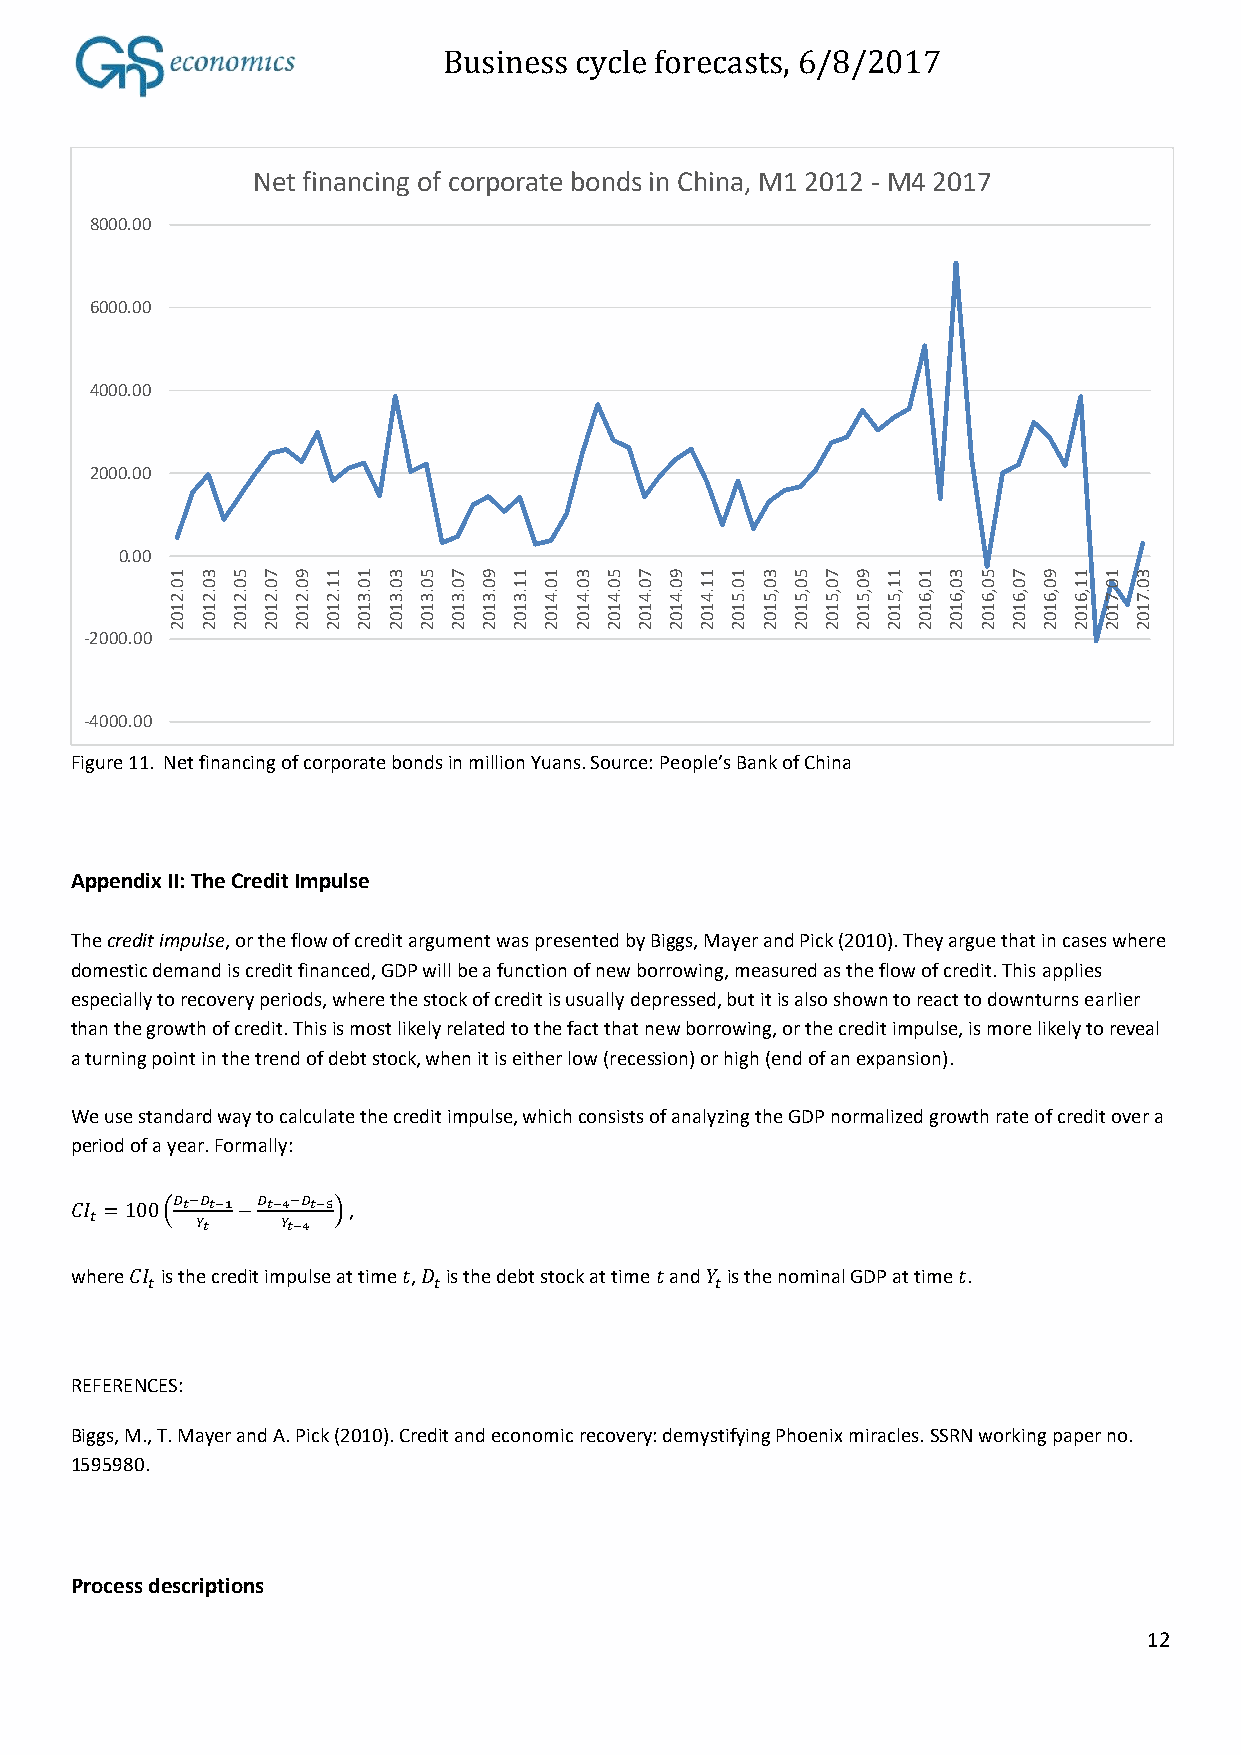
Business cycle forecasts, 6/8/2017
 Net financing of corporate bonds in China, M1 2012 - M4 2017
 8000.00
 6000.00
 4000.00
 2000.00
 0.00
 1 3 5 7 9  1 1 3 5 7 9 1 1 3 5 7 9 1 1 3 5  7 9 1 1 3 5 7 9 1 1 3
 0 0 0 0 0  1 0 0 0 0 0 1 0 0 0 0 0 1 0 0 0  0 0 1 0 0 0 0 0 1 0 0
 .2 .2 .2 .2 .2 .2 .3 .3 .3 .3 .3 .3 .4 .4 .4 .4 .4 .4 .5 ,5 ,5 ,5 ,5 ,5 ,6 ,6 ,6 ,6 ,6 ,6 .7 .7
 1 1 1 1 1  1 1 1 1 1 1 1 1 1 1 1 1 1 1 1 1  1 1 1 1 1 1 1 1 1 1 1
 0 0 0 0 0  0 0 0 0 0 0 0 0 0 0 0 0 0 0 0 0  0 0 0 0 0 0 0 0 0 0 0
 2 2 2 2 2  2 2 2 2 2 2 2 2 2 2 2 2 2 2 2 2  2 2 2 2 2 2 2 2 2 2 2
 -2000.00
 -4000.00
 Figure 11. Net financing of corporate bonds in million Yuans. Source: People’s Bank of China
 Appendix II: The Credit Impulse
 The credit impulse, or the flow of credit argument was presented by Biggs, Mayer and Pick (2010). They argue that in cases where
 domestic demand is credit financed, GDP will be a function of new borrowing, measured as the flow of credit. This applies
 especially to recovery periods, where the stock of credit is usually depressed, but it is also shown to react to downturns earlier
 than the growth of credit. This is most likely related to the fact that new borrowing, or the credit impulse, is more likely to reveal
 a turning point in the trend of debt stock, when it is either low (recession) or high (end of an expansion).
 We use standard way to calculate the credit impulse, which consists of analyzing the GDP normalized growth rate of credit over a
 period of a year. Formally:
 𝐶𝐼
 =100(𝐷𝑡−𝐷𝑡−1−𝐷𝑡−4−𝐷𝑡−5)
 ,
 𝑡      𝑌𝑡    𝑌𝑡−4
 where 𝐶𝐼 is the credit impulse at time 𝑡, 𝐷 is the debt stock at time 𝑡 and 𝑌 is the nominal GDP at time 𝑡.
 𝑡                  𝑡                 𝑡
 REFERENCES:
 Biggs, M., T. Mayer and A. Pick (2010). Credit and economic recovery: demystifying Phoenix miracles. SSRN working paper no.
 1595980.
 Process descriptions
 12